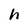
Character: h